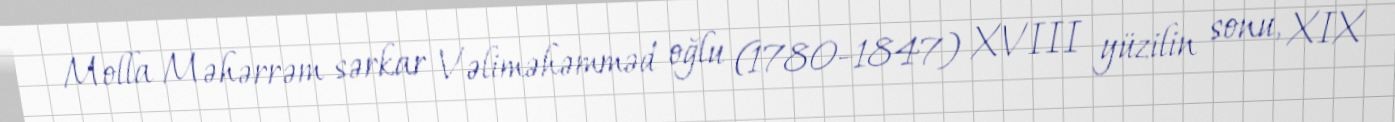
Molla Məhərrəm sərkar Vəliməhəmməd oğlu (1780–1847) XVIII yüzilin sonu, XIX